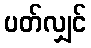
ပတ်လျှင်